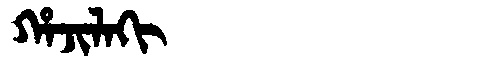
Manchu: ᡥᠠᠵᡳᠯᠠᡴᡳ
Romanization: HAJILAKI